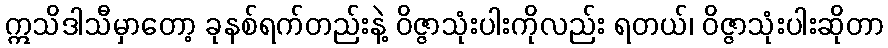
ဣသိဒါသီမှာတော့ ခုနစ်ရက်တည်းနဲ့ ဝိဇ္ဇာသုံးပါးကိုလည်း ရတယ်၊ ဝိဇ္ဇာသုံးပါးဆိုတာ